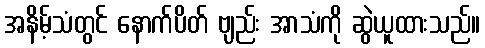
အနိမ့်သံတွင် နောက်ပိတ် ဗျည်း အာသံကို ဆွဲယူထားသည်။